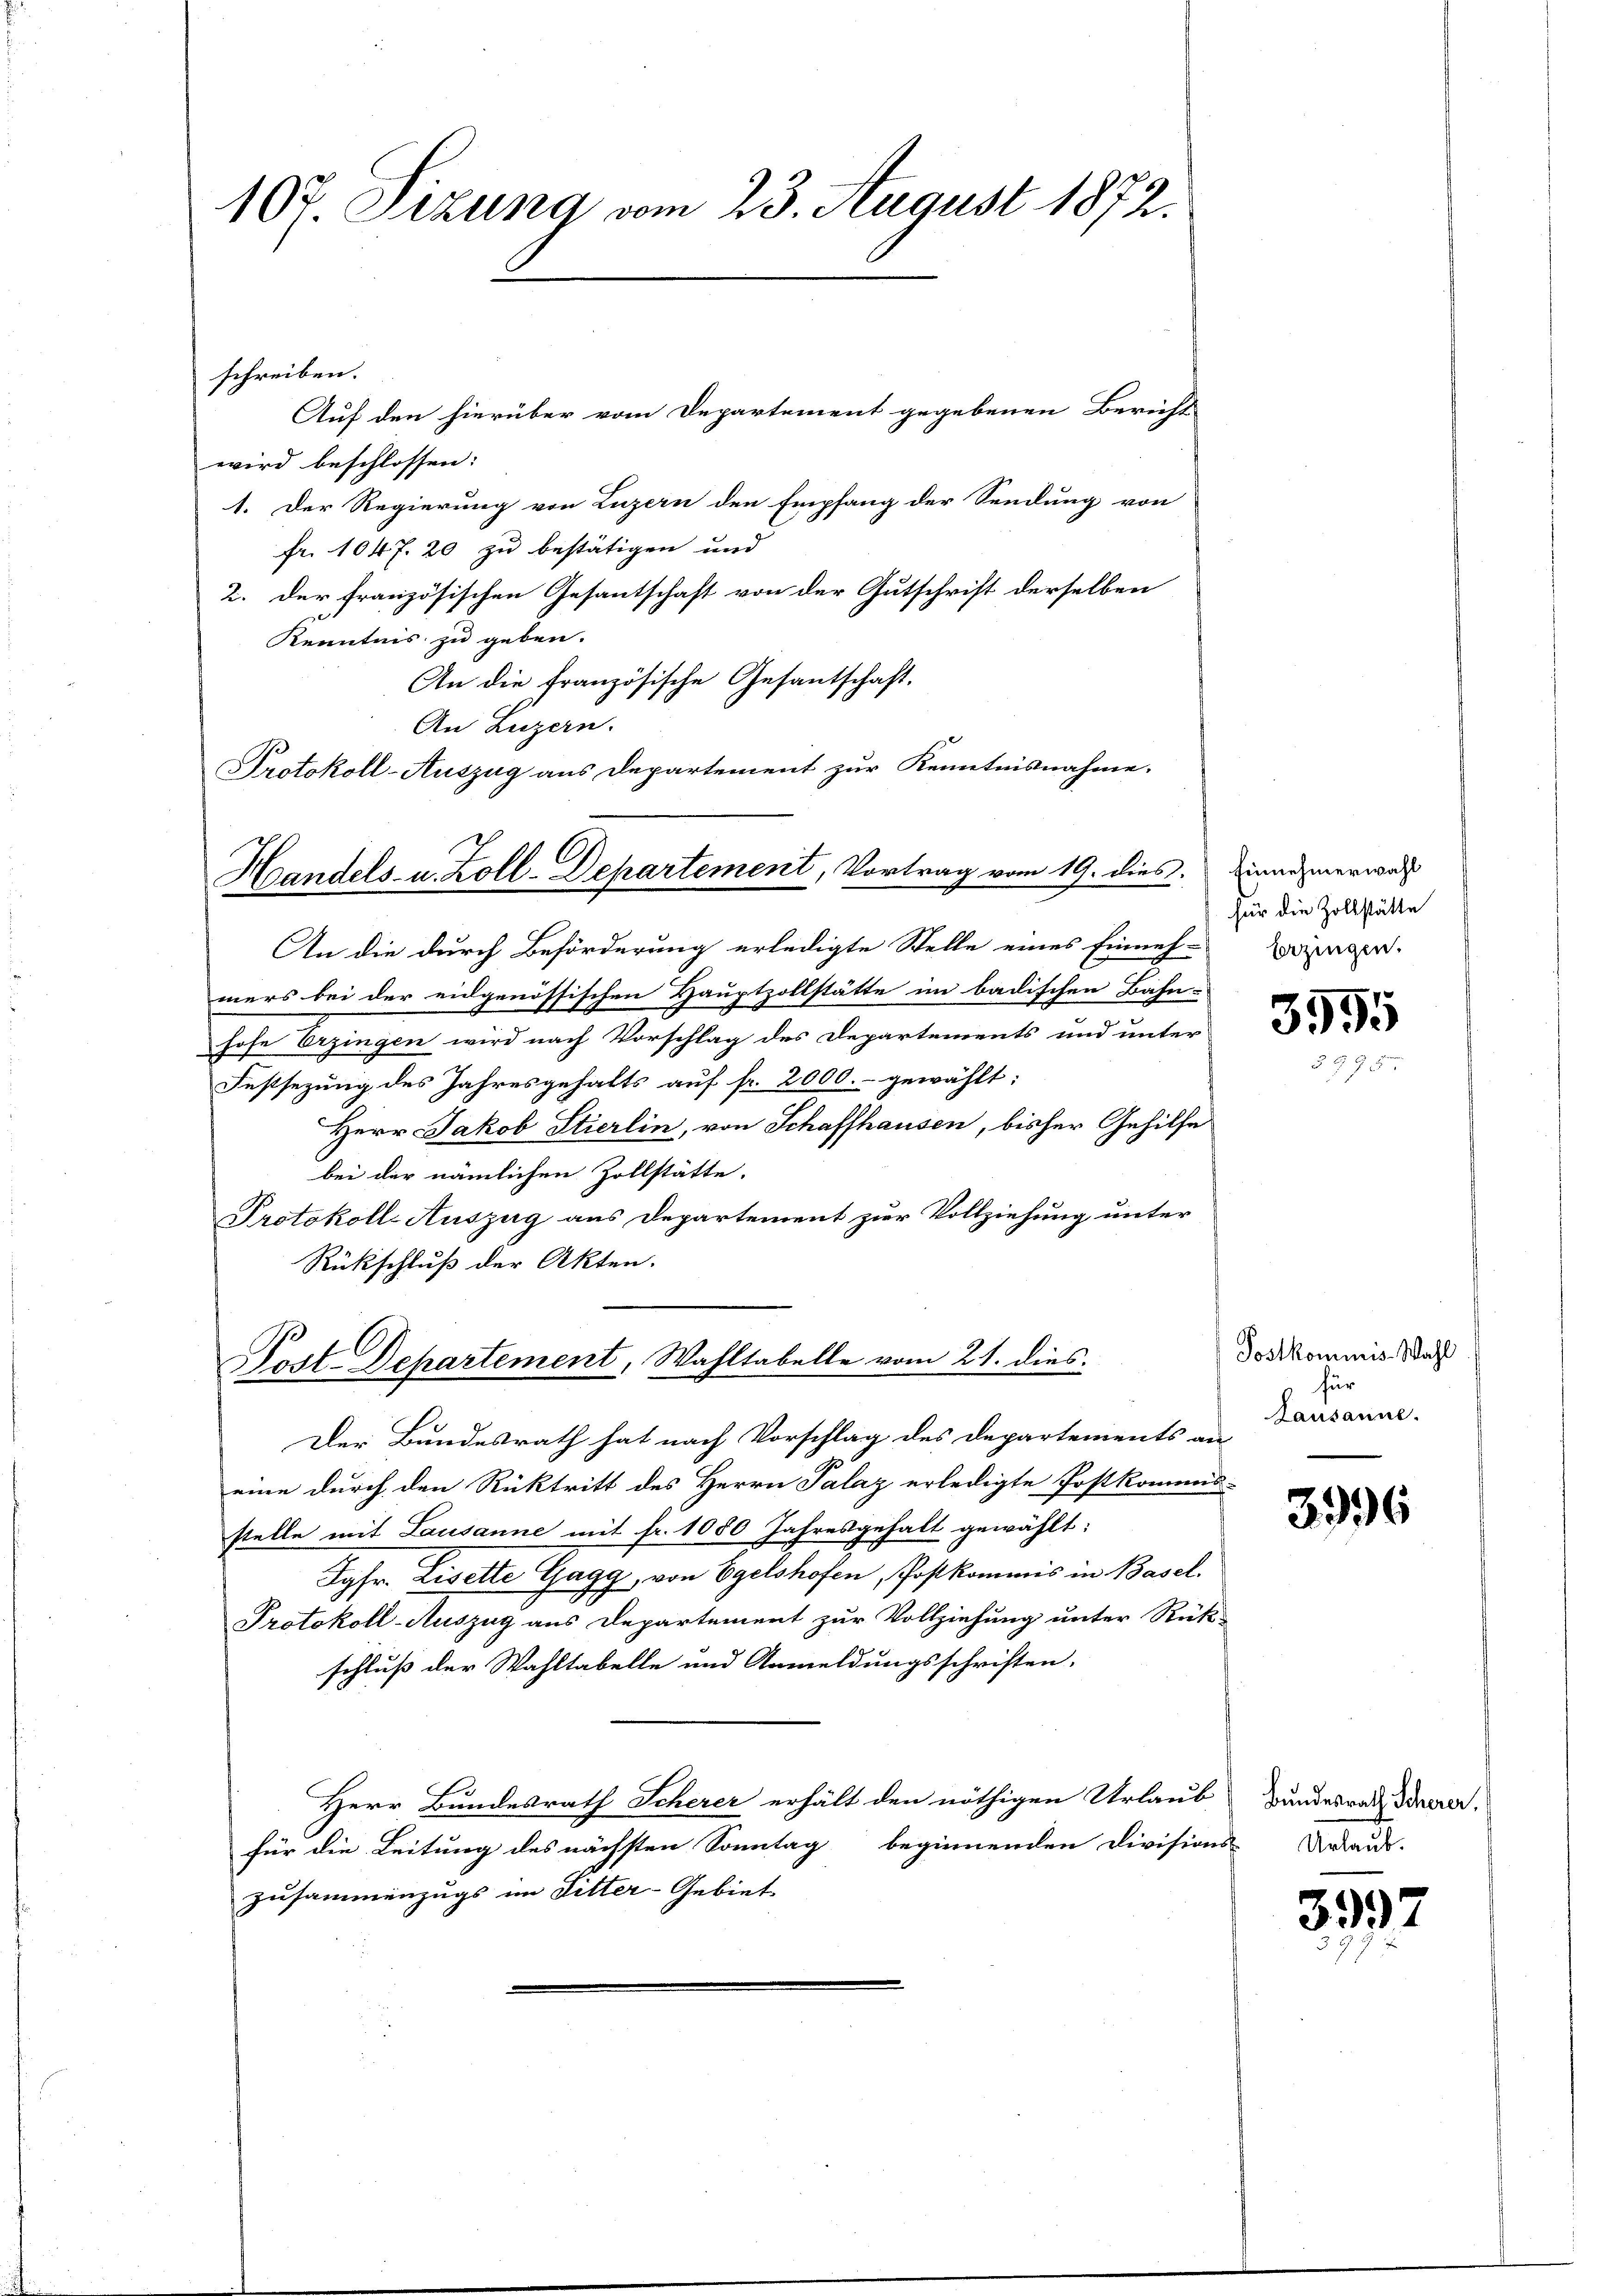
107. Sizung vom 23. August 1872.
schreiben.
Auf den hierüber vom Departement gegebenen Bericht

wird beschlossen:
1. Der Regierung von Luzern den Empfang der Sendung von
Fr. 1047. 20 zu bestätigen und
2. der französischen Gesantschaft von der Gutschrift derselben
Kenntnis zu geben.
An die französische Gesantschaft,
An Luzern.
Protokoll-Auszug aus Departement zur Kenntnisnahme.

Handels- u. Zoll-Departement, Vortrag vom 19. dies. Dienenerwal

An die durch Beförderung erledigte Stelle eines Einneh-
mers bei der eidgenössischen Hauptzollstätte im badischen Bahn-
hofe Erzingen wird nach Vorschlag des Departements und unter
Festsezung des Jahresgehalts auf fr. 2000.- gewählt:
Herr Jakob Stierlin, von Schaffhausen, bisher Gehilfe
bei der nämlichen Zollstätte.
Protokoll-Auszug aus Departement zur Vollziehung unter
Rückschluß der Akten.
Der Bundesrath hat nach Vorschlag des Departements an
eine durch den Rücktritt des Herrn Palaz erledigte Postkommis-
stelle mit Lausanne mit fr. 1080 Jahresgehalt gewählt:
Jgfr. Liselte Gagg, von Egelshofen, Postkommis in Basel
Protokoll-Auszug aus Departement zur Vollziehung unter Rück-
schluß der Wahltabelle und Anmeldungsschriften,
Herr Bundesrath Scherer erhält den nöthigen Urlaub
für die Leitung des nächsten Sonntag beginnenden Divisions-Uraus-
Zusammenzugs im Litter-Gebiet

Post. Departement, Wahltabelle vom 21. dies

für die Zollstätte
berzingen.

3995

Postkommnis. Wahl
für
Lausanne.

3996

Bundesrath Scherer.

3997